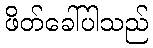
ဖိတ်ခေါ်ပါသည်